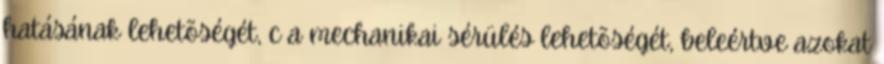
hatásának lehetõségét, c a mechanikai sérülés lehetõségét, beleértve azokat